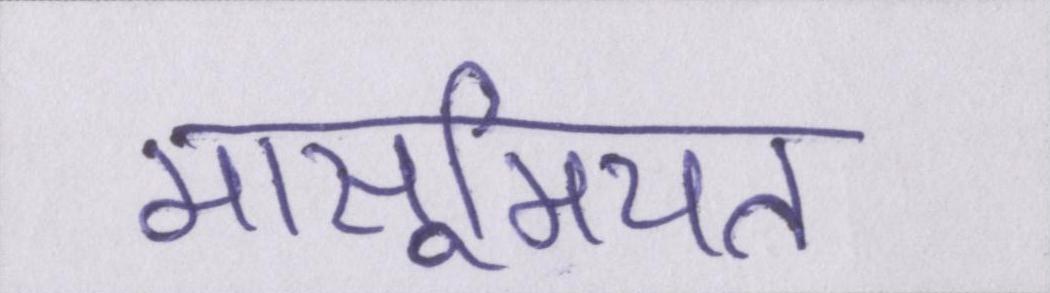
मासूमियत